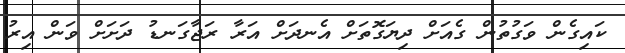
ކައިގެން ވަގުތުން ގެއަށް ދިޔަގޮތަށް އެނދަށް އަރާ ރަޖާގަނޑު ދަށަށް ވަން އިރު